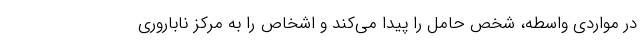
در مواردی واسطه، شخص حامل را پیدا می‌کند و اشخاص را به مرکز ناباروری